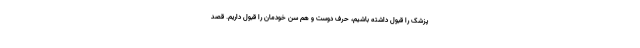
پزشک را قبول داشته باشیم، حرف دوست و هم سن خودمان را قبول داریم. قصد